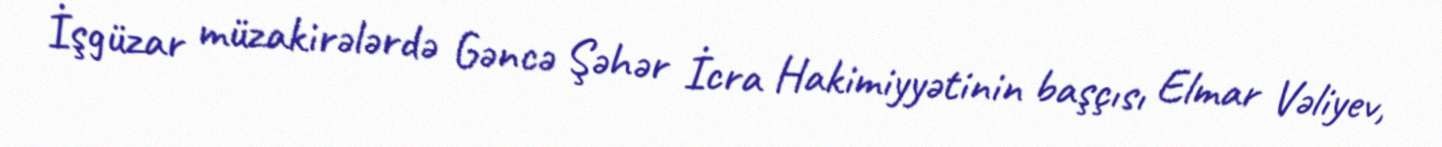
İşgüzar müzakirələrdə Gəncə Şəhər İcra Hakimiyyətinin başçısı Elmar Vəliyev,